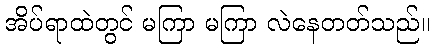
အိပ်ရာထဲတွင် မကြာ မကြာ လဲနေတတ်သည်။